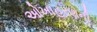
ઓખાહરણની